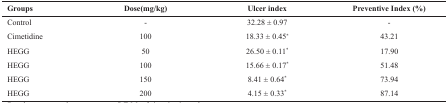
<table><thead><tr><td><b>Groups</b></td><td><b>Dose(mg/kg)</b></td><td><b>Ulcer index</b></td><td><b>Preventive Index (%)</b></td></tr></thead><tbody><tr><td>Control</td><td>-</td><td>32.28±0.97</td><td>-</td></tr><tr><td>Cimetidine</td><td>100</td><td>18.33±0.45∗</td><td>43.21</td></tr><tr><td>HEGG</td><td>50</td><td>26.50±0.11∗</td><td>17.90</td></tr><tr><td>HEGG</td><td>100</td><td>15.66±0.17∗</td><td>51.48</td></tr><tr><td>HEGG</td><td>150</td><td>8.41±0.64∗</td><td>73.94</td></tr><tr><td>HEGG</td><td>200</td><td>4.15±0.33∗</td><td>87.14</td></tr></tbody></table>